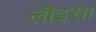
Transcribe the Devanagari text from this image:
लौइसा